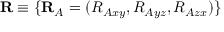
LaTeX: \mathbf { R } \equiv \{ \mathbf { R } _ { A } = ( R _ { A x y } , R _ { A y z } , R _ { A z x } ) \}